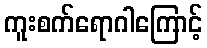
ကူးစက်ရောဂါကြောင့်